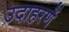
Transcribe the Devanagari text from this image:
उदाहरणें